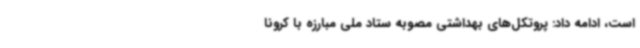
است، ادامه داد: پروتکل‌های بهداشتی مصوبه ستاد ملی مبارزه با کرونا